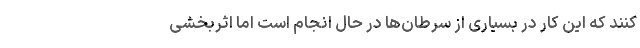
کنند که این کار در بسیاری از سرطان‌ها در حال انجام است اما اثربخشی